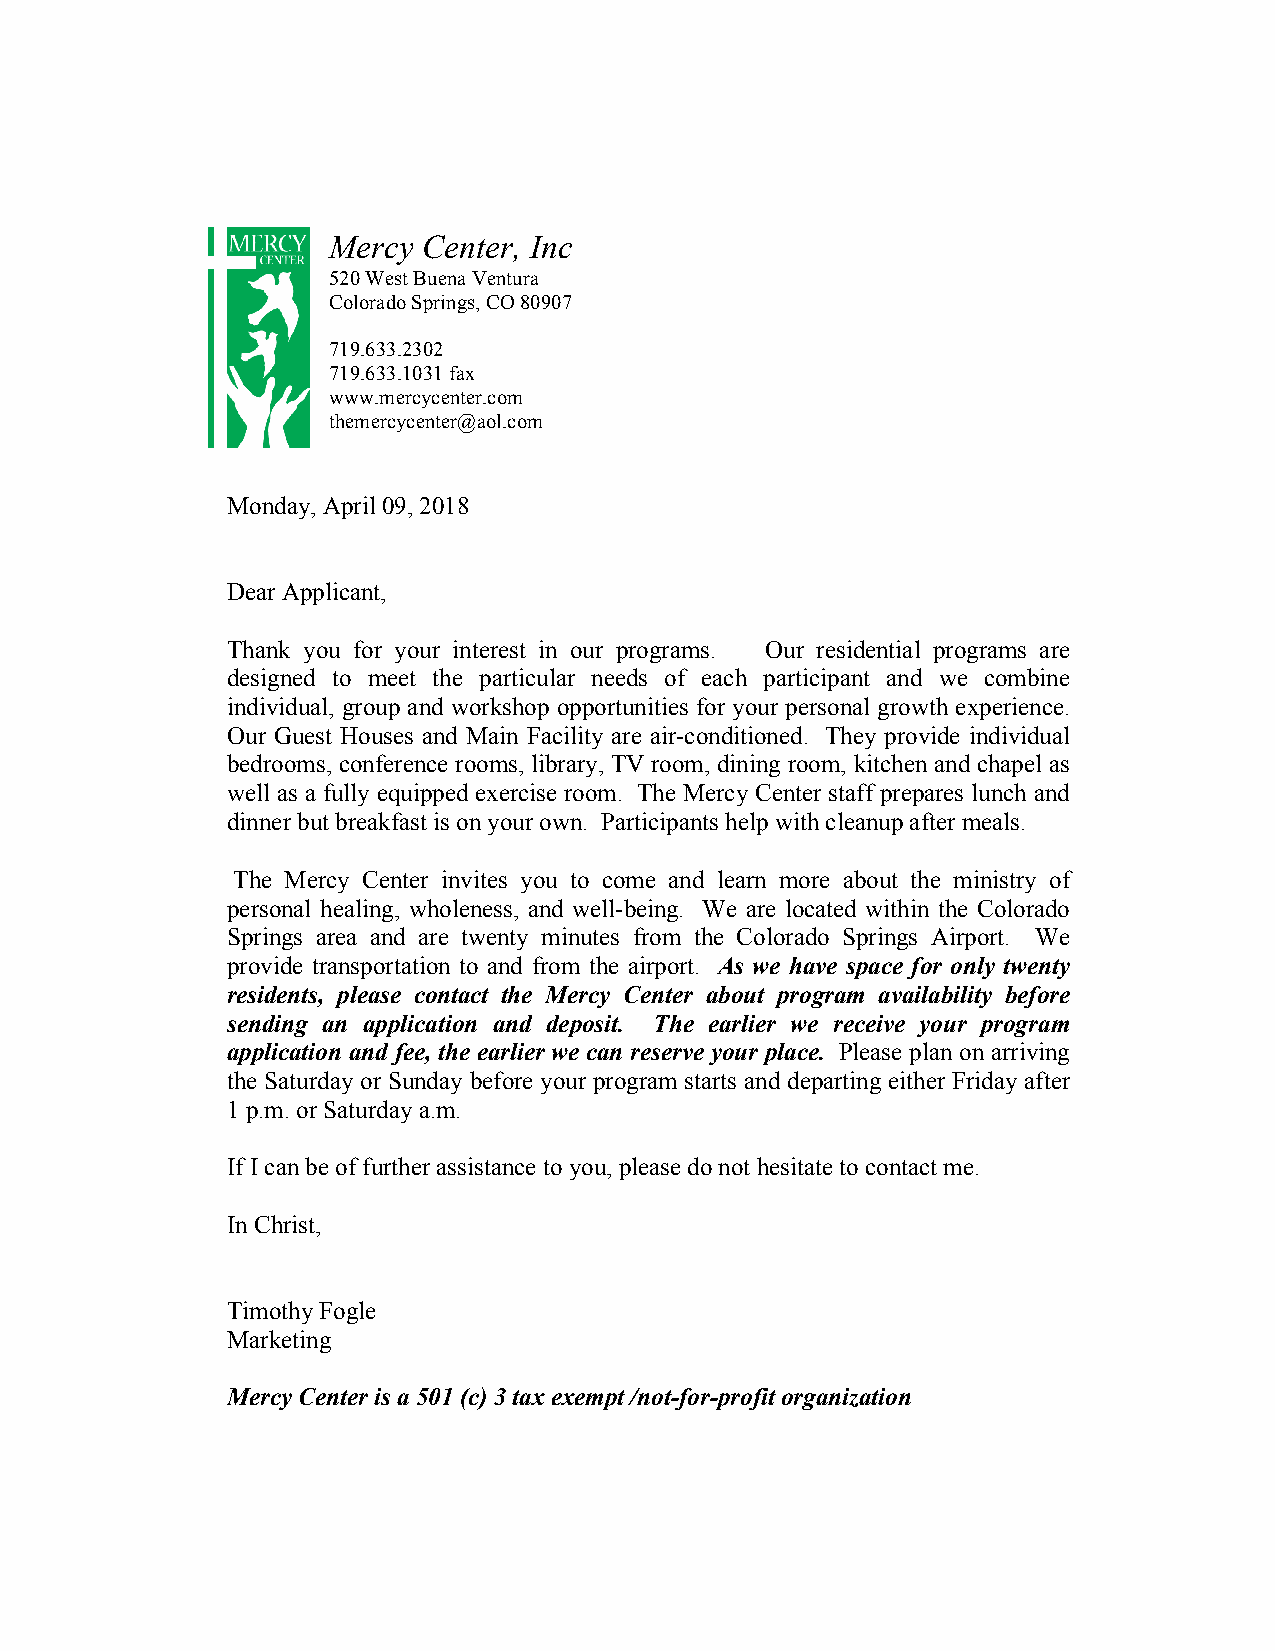
Mercy Center, Inc
 520 West Buena Ventura
 Colorado Springs, CO 80907
 719.633.2302
 719.633.1031 fax
 www.mercycenter.com
 themercycenter@aol.com
 Monday, April 09, 2018
 Dear Applicant,
 Thank you for your interest in our programs. Our residential programs are
 designed to meet the particular needs of each participant and we combine
 individual, group and workshop opportunities for your personal growth experience.
 Our Guest Houses and Main Facility are air-conditioned. They provide individual
 bedrooms, conference rooms, library, TV room, dining room, kitchen and chapel as
 well as a fully equipped exercise room. The Mercy Center staff prepares lunch and
 dinner but breakfast is on your own. Participants help with cleanup after meals.
 The Mercy Center invites you to come and learn more about the ministry of
 personal healing, wholeness, and well-being. We are located within the Colorado
 Springs area and are twenty minutes from the Colorado Springs Airport. We
 provide transportation to and from the airport. As we have space for only twenty
 residents, please contact the Mercy Center about program availability before
 sending an application and deposit. The earlier we receive your program
 application and fee, the earlier we can reserve your place. Please plan on arriving
 the Saturday or Sunday before your program starts and departing either Friday after
 1 p.m. or Saturday a.m.
 If I can be of further assistance to you, please do not hesitate to contact me.
 In Christ,
 Timothy Fogle
 Marketing
 Mercy Center is a 501 (c) 3 tax exempt /not-for-profit organization